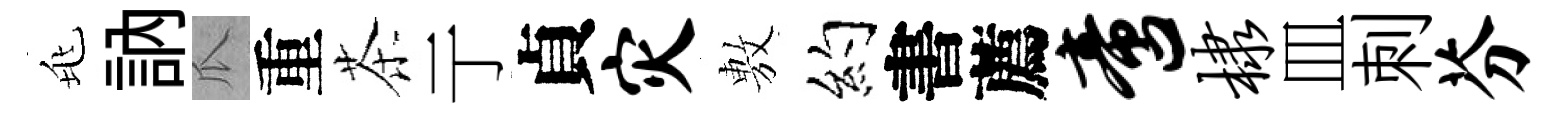
兆訥瓜重茶亍貞灾𢾾约書薦啻棣皿刺芬